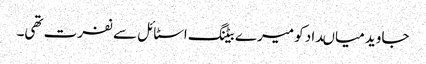
جاوید میاںداد کو میرے بیٹنگ اسٹائل سے نفرت تھی۔